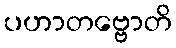
ပဟာတဗ္ဗောတိ